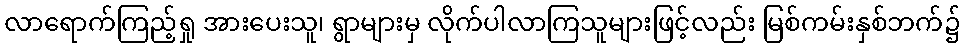
လာရောက်ကြည့်ရှု အားပေးသူ၊ ရွာများမှ လိုက်ပါလာကြသူများဖြင့်လည်း မြစ်ကမ်းနှစ်ဘက်၌